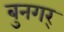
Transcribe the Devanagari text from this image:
बुनगर्